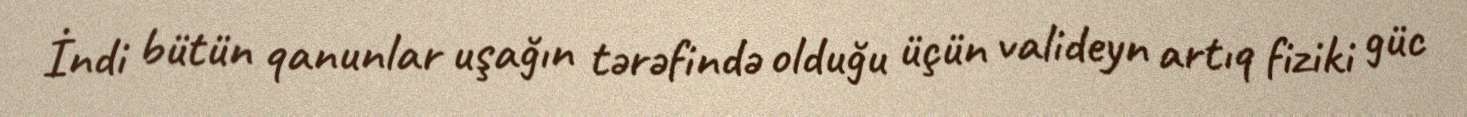
İndi bütün qanunlar uşağın tərəfində olduğu üçün valideyn artıq fiziki güc